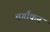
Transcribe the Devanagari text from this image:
वर्गांकन